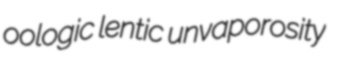
oologic lentic unvaporosity